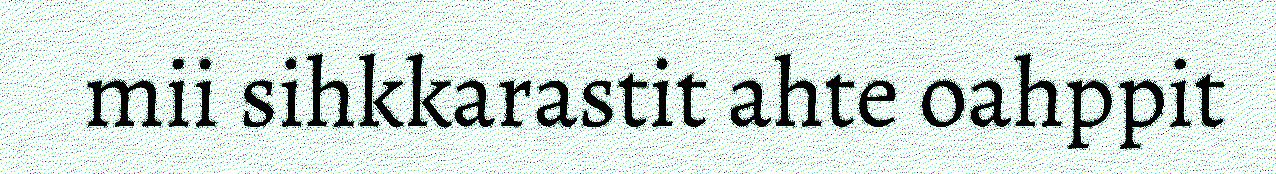
mii sihkkarastit ahte oahppit